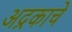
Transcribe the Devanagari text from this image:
अद्रकाचे